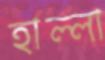
হাল্লা